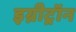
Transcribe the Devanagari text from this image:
इग्नीट्रॉन